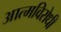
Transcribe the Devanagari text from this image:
आत्मविरोधी